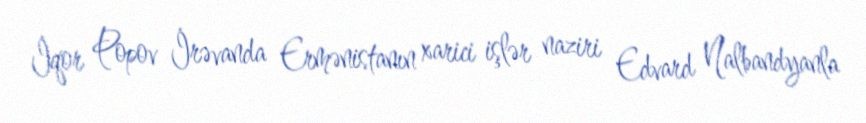
İqor Popov İrəvanda Ermənistanın xarici işlər naziri Edvard Nalbandyanla